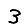
Digit: 3